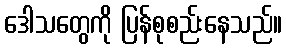
ဒေါသတွေကို ပြန်စုစည်းနေသည်။